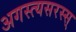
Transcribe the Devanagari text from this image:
अगस्त्यसरस्स्